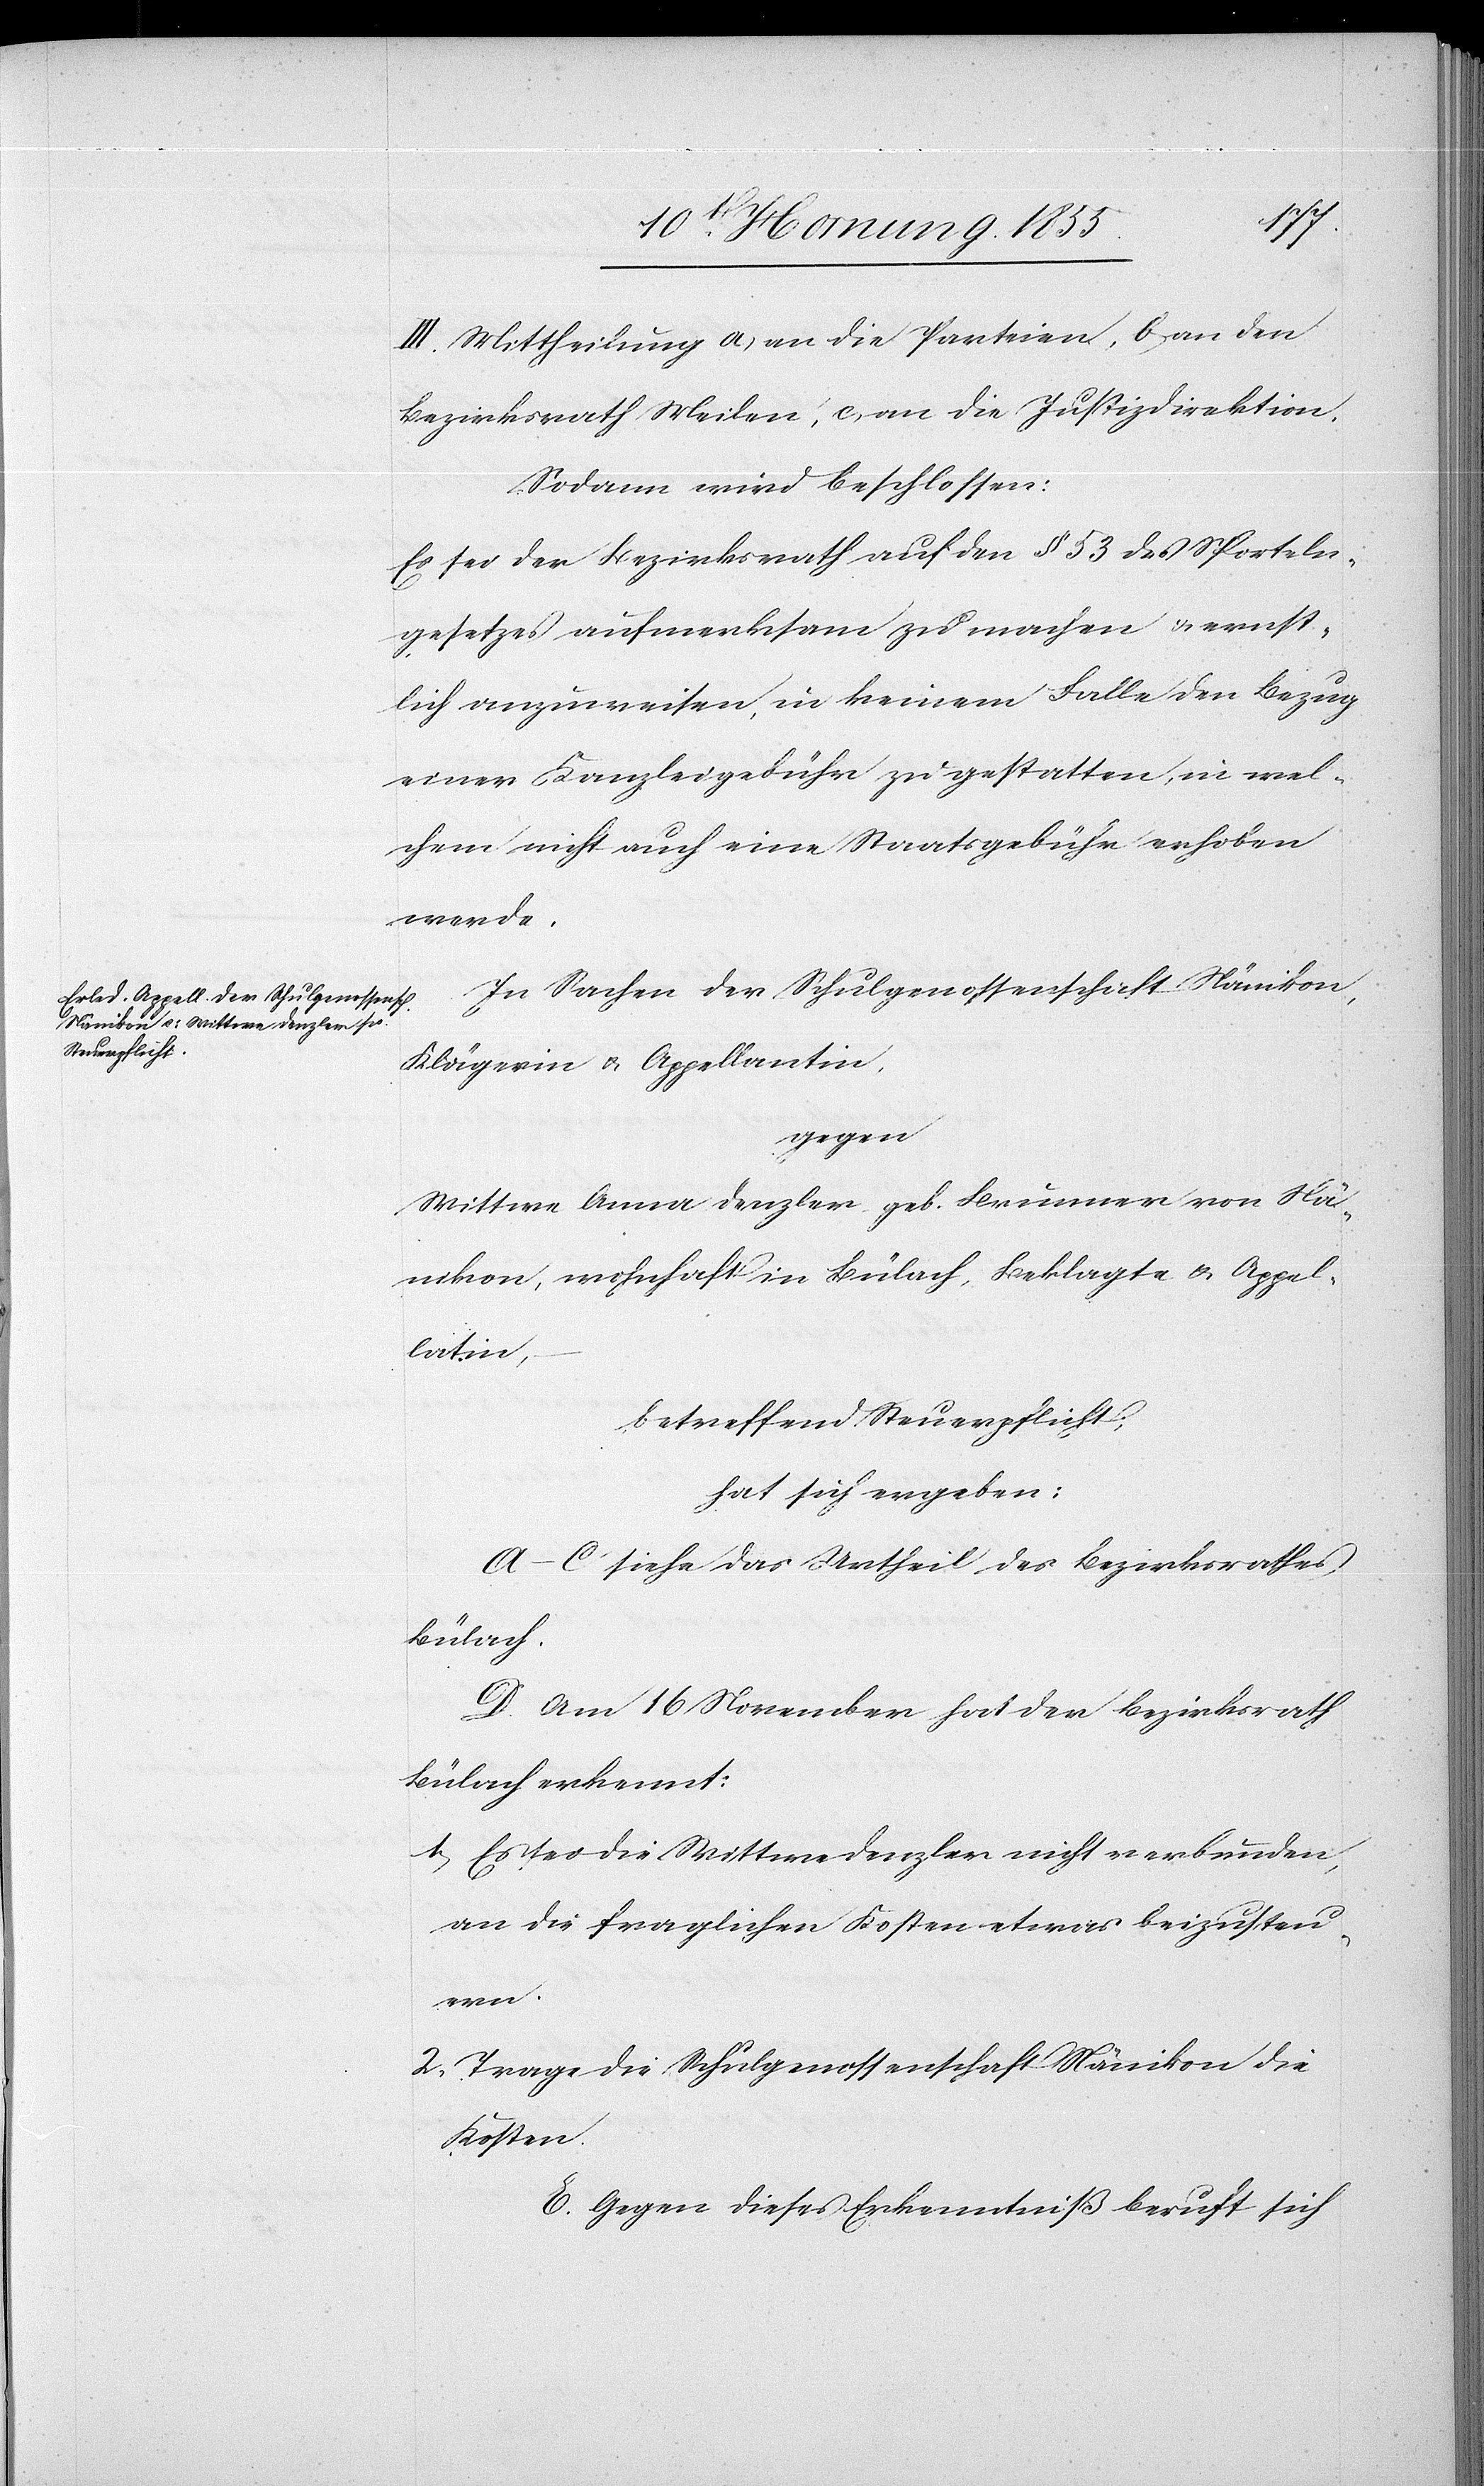
III. Mittheilung a) an die Parteien, b) an den
Bezirksrath Meilen, c, an die Justizdirektion.
Sodann wird beschlossen:
Es sei der Bezirksrath auf den § 53 des Sporteln¬
gesetzes aufmerksam zu machen & ernst¬
lich anzuweisen, in keinem Falle den Bezug
einer Kanzleigebühr zu gestatten, in wel¬
chem nicht auch eine Staatsgebühr erhoben
werde.
In Sachen der Schulgenossenschaft Nänikon,
Klägerin & Appellantin,
gegen
Wittwe Anna Denzler, geb. Brunner von Nä¬
nikon, wohnhaft in Bülach, Beklagte & Appel¬
latin,
betreffend Steuerpflicht;
hat sich ergeben:
A–C siehe das Urtheil des Bezirksrathes
Bülach.
D. Am 16 November hat der Bezirksrath
Bülach erkennt:
Es sei die Wittwe Denzler nicht verbunden,
an die fraglichen Kosten etwas beizusteu¬
ern.
Trage die Schulgenossenschaft Nänikon die
Kosten.
E. Gegen dieses Erkenntniß beruft sich